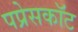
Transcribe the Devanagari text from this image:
पप्रेसकॉट